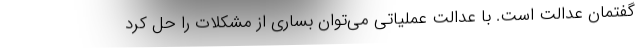
گفتمان عدالت است. با عدالت عملیاتی می‌توان بساری از مشکلات را حل کرد